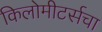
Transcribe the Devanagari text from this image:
किलोमीटर्सचा